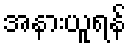
အနားယူရန်